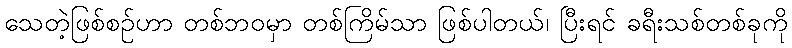
သေတဲ့ဖြစ်စဉ်ဟာ တစ်ဘဝမှာ တစ်ကြိမ်သာ ဖြစ်ပါတယ်၊ ပြီးရင် ခရီးသစ်တစ်ခုကို